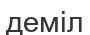
деміл